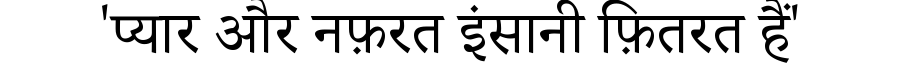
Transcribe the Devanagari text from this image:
'प्यार और नफ़रत इंसानी फ़ितरत हैं'